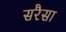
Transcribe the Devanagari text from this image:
सरैसा